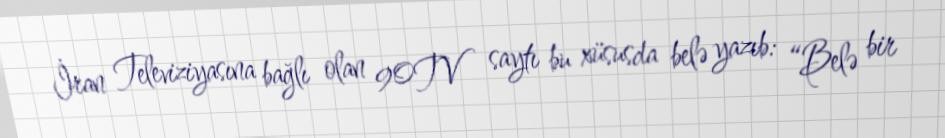
İran Televiziyasına bağlı olan 90TV saytı bu xüsusda belə yazıb: “Belə bir